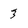
Character: 3